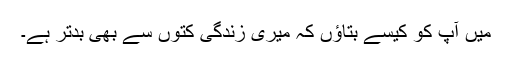
میں آپ کو کیسے بتاؤں کہ میری زندگی کتوں سے بھی بدتر ہے۔